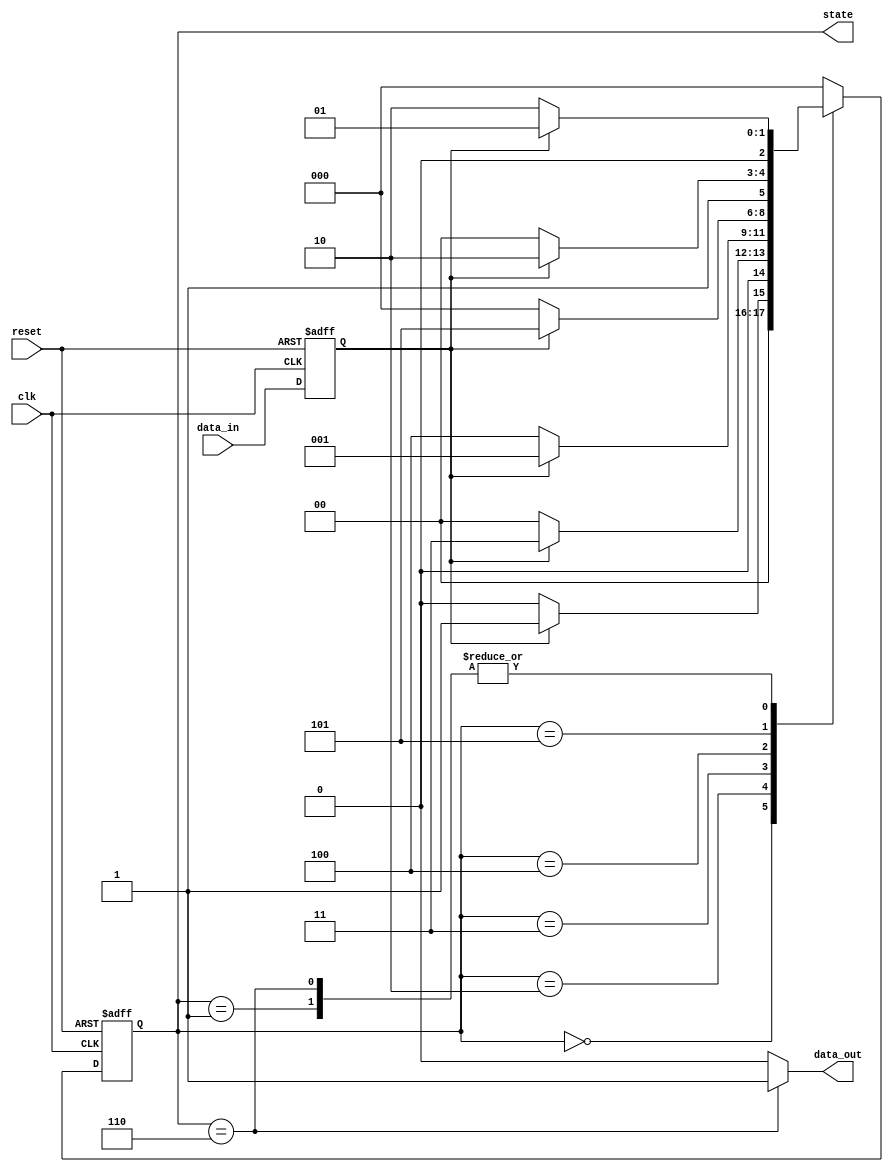
module sequence_detector_fsm(data_out, state, reset, data_in, clk);

output data_out;
output reg [2:0] state;  // Matching progress.

input reset, data_in, clk;

// For data_out.
parameter FOUND =  1'b1,
          NOT_FOUND = 1'b0;

// For state.
parameter S0 = 3'd0,
          S1 = 3'd1,
          S2 = 3'd2,
          S3 = 3'd3,
          S4 = 3'd4,
          S5 = 3'd5,
          S6 = 3'd6;

reg this_data_in;
reg [2:0] next_state;

// Update state.
always @(posedge clk or posedge reset) begin
    if (reset) begin
        state <= S0;
        this_data_in <= 1'b0;
    end else begin
        state <= next_state;
        this_data_in <= data_in;
    end
end

// Calculate data_out.
assign data_out = (state == S6 ? FOUND : NOT_FOUND);

// Calculate next state.
always @(state, this_data_in) begin
    case (state)
        S0: next_state = (this_data_in ? S1 : S0);
        S1: next_state = (this_data_in ? S1 : S2);
        S2: next_state = (this_data_in ? S3 : S0);
        S3: next_state = (this_data_in ? S1 : S4);
        S4: next_state = (this_data_in ? S5 : S0);
        S5: next_state = (this_data_in ? S6 : S4);
        S6: next_state = (this_data_in ? S1 : S2);
        default: next_state = S0;
    endcase
end

endmodule